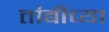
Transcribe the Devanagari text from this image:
तांबीच्या